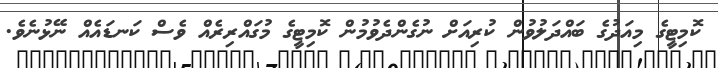
ކޮމިޓީގެ މިއަދުގެ ބައްދަލުވުން ކުރިއަށް ނުގެންދެވުމުން ކޮމިޓީގެ މުގައްރިރެއް ވެސް ކަނޑައެއް ނޭޅުނެވެ.